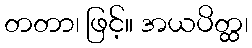
တတာ၊ ဖြင့်။ အယပိတ္ထ၊